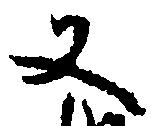
又